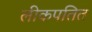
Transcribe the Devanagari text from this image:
लीकपतित